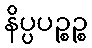
နိပ္ပပဉ္စဉ္စ